Insane asylums Bombay 1873-77 - 1873-1877
Year: 1873
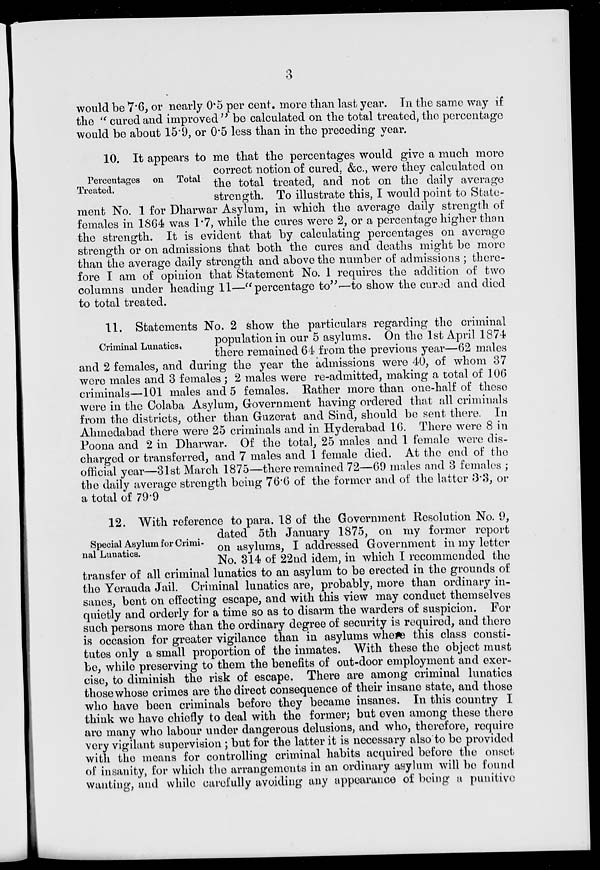
3
would be 7.6, or nearly 05 per cent. more than last year. In the same way if
the " cured and improved" be calculated on the total treated, the percentage
would be about 15.9, or 0.5 less than in the preceding year.
Percentages on Total
Treated.
10. It appears to me that the percentages would give a much more
correct notion of cured, &c., were they calculated on
the total treated, and not on the daily average
strength. To illustrate this, I would point to State-
ment No. 1 for Dharwar Asylum, in which the average daily strength of
females in 1864 was 1.7, while the cures were 2, or a percentage higher than
the strength. It is evident that by calculating percentages on average
strength or on admissions that both the cures and deaths might be more
than the average daily strength and above the number of admissions ; there-
fore I am of opinion that Statement No. 1 requires the addition of two
columns under heading 11—" percentage to"—to show the cured and died
to total treated.
Criminal Lunatics.
11. Statements No. 2 show the particulars regarding the criminal
population in our 5 asylums. On the 1st April 1874
there remained 64 from the previous year—62 males
and 2 females, and during the year the admissions were 40, of whom 37
were males and 3 females ; 2 males were re-admitted, making a total of 106
criminals—101 males and 5 females. Rather more than one-half of these
were in the Colaba Asylum, Government having ordered that all criminals
from the districts, other than Guzerat and Sind, should be sent there. In
Ahmedabad there were 25 criminals and in Hyderabad 16. There were 8 in
Poona and 2 in Dharwar. Of the total, 25 males and 1 female were dis-
charged or transferred, and 7 males and 1 female died. At the end of the
official year—31st March 1875—there remained 72—69 males and 3 females ;
the daily average strength being 76.6 of the former and of the latter 3.3, or
a total of 79.9
Special Asylum for Crimi-
nal Lunatics.
12. With reference to para. 18 of the Government Resolution No. 9,
dated 5th January 1875, on my former report
on asylums, I addressed Government in my letter
No. 314 of 22nd idem, in which I recommended the
transfer of all criminal lunatics to an asylum to be erected in the grounds of
the Yerauda Jail. Criminal lunatics are, probably, more than ordinary in-
sanes, bent on effecting escape, and with this view may conduct themselves
quietly and orderly for a time so as to disarm the warders of suspicion. For
such persons more than the ordinary degree of security is required, and there
is occasion for greater vigilance than in asylums where this class consti-
tutes only a small proportion of the inmates. With these the object must
be, while preserving to them the benefits of out-door employment and exer-
cise, to diminish the risk of escape. There are among criminal lunatics
those whose crimes are the direct consequence of their insane state, and those
who have been criminals before they became insanes. In this country I
think we have chiefly to deal with the former; but even among these there
are many who labour under dangerous delusions, and who, therefore, require
very vigilant supervision ; but for the latter it is necessary also to be provided
with the means for controlling criminal habits acquired before the onset
of insanity, for which the arrangements in an ordinary asylum will be found
wanting, and while carefully avoiding any appearance of being a punitive